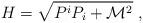
LaTeX: \begin{align*}H = \sqrt{ P^i P_i + \mathcal{M}^2} \ ,\end{align*}